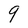
Character: 9